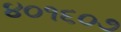
૪૦૧૬૦૭